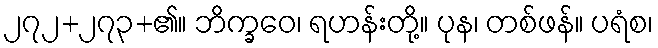
၂၇၂+၂၇၃+၏။ ဘိက္ခဝေ၊ ရဟန်းတို့။ ပုန၊ တစ်ဖန်။ ပရံစ၊